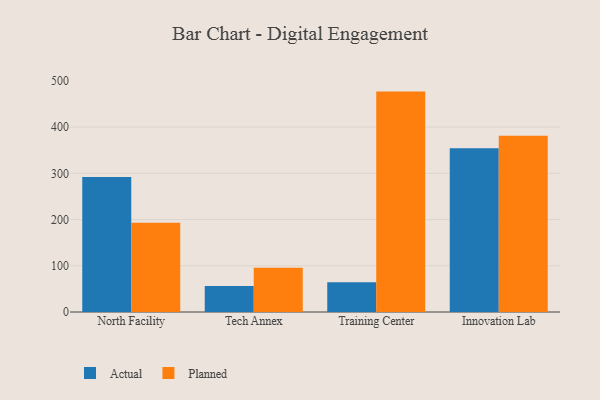
{"axis": {"x": "Campus", "y": "Net Income (USD K)"}, "legend": ["Actual", "Planned"], "data": [{"x": "North Facility", "y": 291.9, "type": "Actual"}, {"x": "North Facility", "y": 193.3, "type": "Planned"}, {"x": "Tech Annex", "y": 56.3, "type": "Actual"}, {"x": "Tech Annex", "y": 95.5, "type": "Planned"}, {"x": "Training Center", "y": 64.6, "type": "Actual"}, {"x": "Training Center", "y": 476.8, "type": "Planned"}, {"x": "Innovation Lab", "y": 354.1, "type": "Actual"}, {"x": "Innovation Lab", "y": 381.5, "type": "Planned"}]}